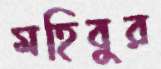
মহিবুর